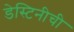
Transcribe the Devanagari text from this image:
डेस्टिनीची